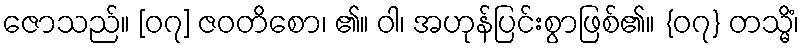
ဇောသည်။ [၀၇] ဇဝတိစော၊ ၏။ ဝါ၊ အဟုန်ပြင်းစွာဖြစ်၏။ {၀၇} တသ္မိံ၊